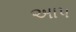
અાપ